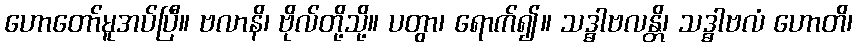
ဟောတော်မူအပ်ပြီ။ ဗလာနိ၊ ဗိုလ်တို့သို့။ ပတွာ၊ ရောက်၍။ သဒ္ဓါဗလန္တိ၊ သဒ္ဓာဗလံ ဟောတိ၊